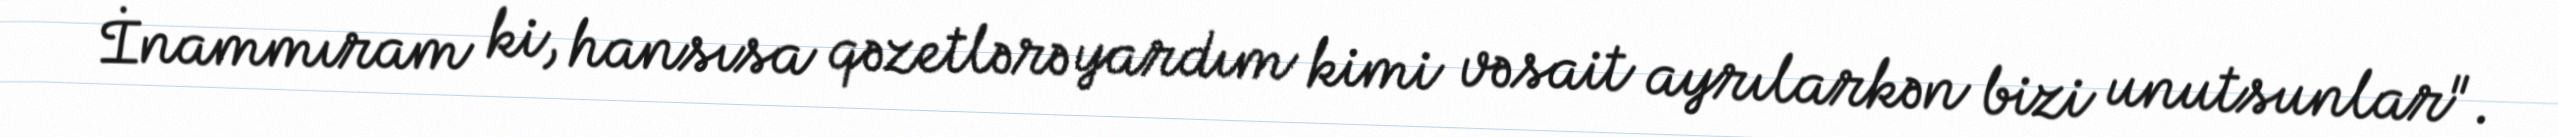
İnammıram ki, hansısa qəzetlərə yardım kimi vəsait ayrılarkən bizi unutsunlar".